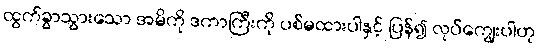
ထွက်ခွာသွားသော အမိကို ဒကာကြီးကို ပစ်မထားပါနှင့် ပြန်၍ လုပ်ကျွေးပါဟု